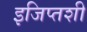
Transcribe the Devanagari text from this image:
इजिप्तशी